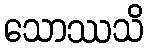
သောဿသိ